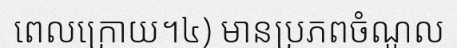
ពេលក្រោយ។៤) មានប្រភពចំណូល